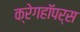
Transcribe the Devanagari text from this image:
क्रेगहॉपर्स